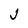
Character: J